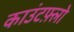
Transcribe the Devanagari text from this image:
काउंटफ़्लो